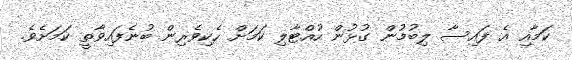
ކަމާއި އެ ފައިސާ ލިބުމުން ގުޅުން ހުއްޓާލި ކަމަށް ހެކިވެރިން ބުނެފައިވާތީ ކަމަށެވެ.